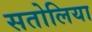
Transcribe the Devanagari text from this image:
सतोलिया